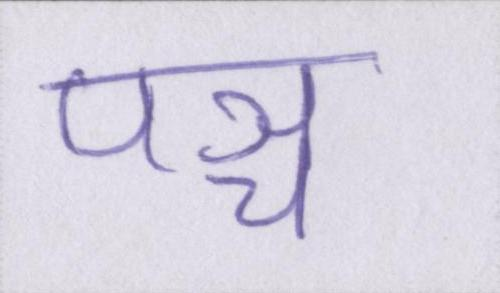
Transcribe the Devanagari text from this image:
पञ्च